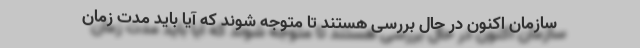
سازمان اکنون در حال بررسی هستند تا متوجه شوند که آیا باید مدت زمان